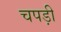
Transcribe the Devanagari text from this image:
चपड़ी